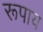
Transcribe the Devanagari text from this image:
रूपाय